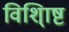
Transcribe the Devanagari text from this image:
विशि्ाष्ट